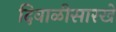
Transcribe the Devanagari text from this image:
दिवाळीसारखे